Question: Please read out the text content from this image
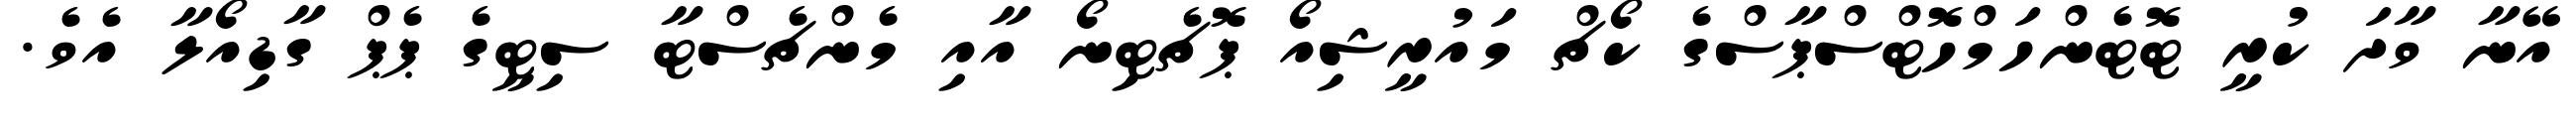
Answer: އޭނާ ވާދަ ކުރީ ޓޮޓެންހަމްހޮޓްސްޕާސްގެ ކޯޗް މައުރީޝިއޯ ޕޮޗެޓިނޯ އާއި މެންޗެސްޓާ ސިޓީގެ ޕެޕް ގާޑިއޯލާ އެވެ.